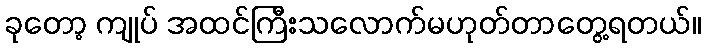
ခုတော့ ကျုပ် အထင်ကြီးသလောက်မဟုတ်တာတွေ့ရတယ်။